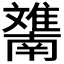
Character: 𲉯